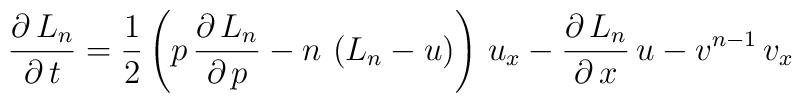
\frac{\partial\,L_{n}}{\partial\,t}=\frac{1}{2}\left(p\,\frac{\partial\,L_{n}}{\partial\,p}-n\,\left(L_{n}-u\right)\right)\,u_{x}-\frac{\partial\,L_{n}}{\partial\,x}\,u-v^{n-1}\,v_{x}